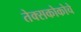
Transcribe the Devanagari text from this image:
तेक्सकोकोचे